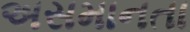
અસમાનતા